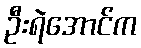
ဦးရဲအောင်က